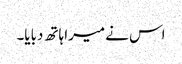
اس نے میرا ہاتھ دبایا۔